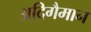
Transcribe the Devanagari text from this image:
अदिगैमान